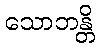
သောဘန္တိ